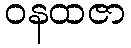
ဝနထဇာ